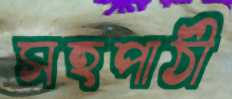
সহপাঠী